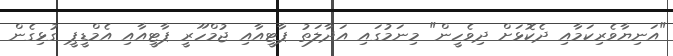
"އަނިޔާވެރިކަމާއި ދެކޮޅަށް ދިވެހީން" މިނަމުގައި އަދާލަތު ޕާޓީއާއި ޖުމްހޫރީ ޕާޓީއާއި އެމްޑީޕީ ގުޅިގެން